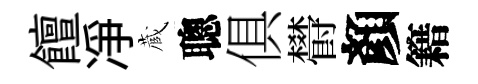
饘凈蔵聰俱欎顏籍